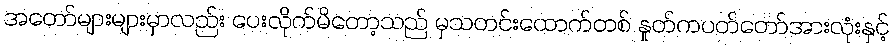
အတော်များများမှာလည်း ပေးလိုက်မိတော့သည် မှသတင်းထောက်တစ် နှုတ်ကပတ်တော်အားလုံးနှင့်